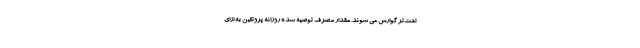
احت‌تر گوارش می شوند. مقدار مصرف توصیه شده روزانه پروتئین به ازای